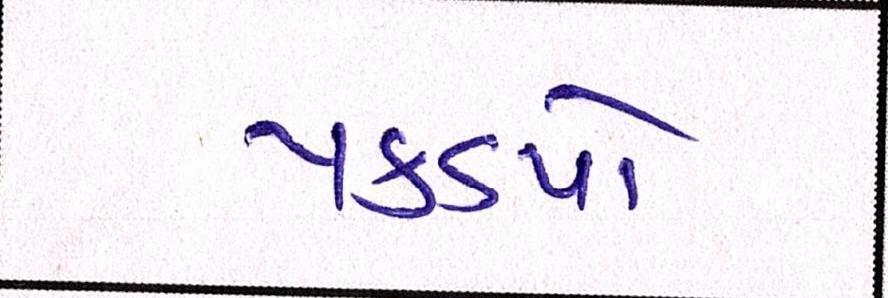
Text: પકડયો